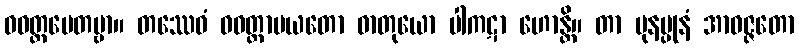
ဝဝတ္ထပေတဗ္ဗာ။ တဿေဝံ ဝဝတ္ထာပယတော ဓာတုယော ပါကဋာ ဟောန္တိ။ တာ ပုနပ္ပုနံ အာဝဇ္ဇတော